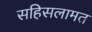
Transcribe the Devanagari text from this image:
सहिसलामत